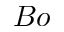
B o